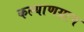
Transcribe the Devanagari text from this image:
कल्याणग्राम